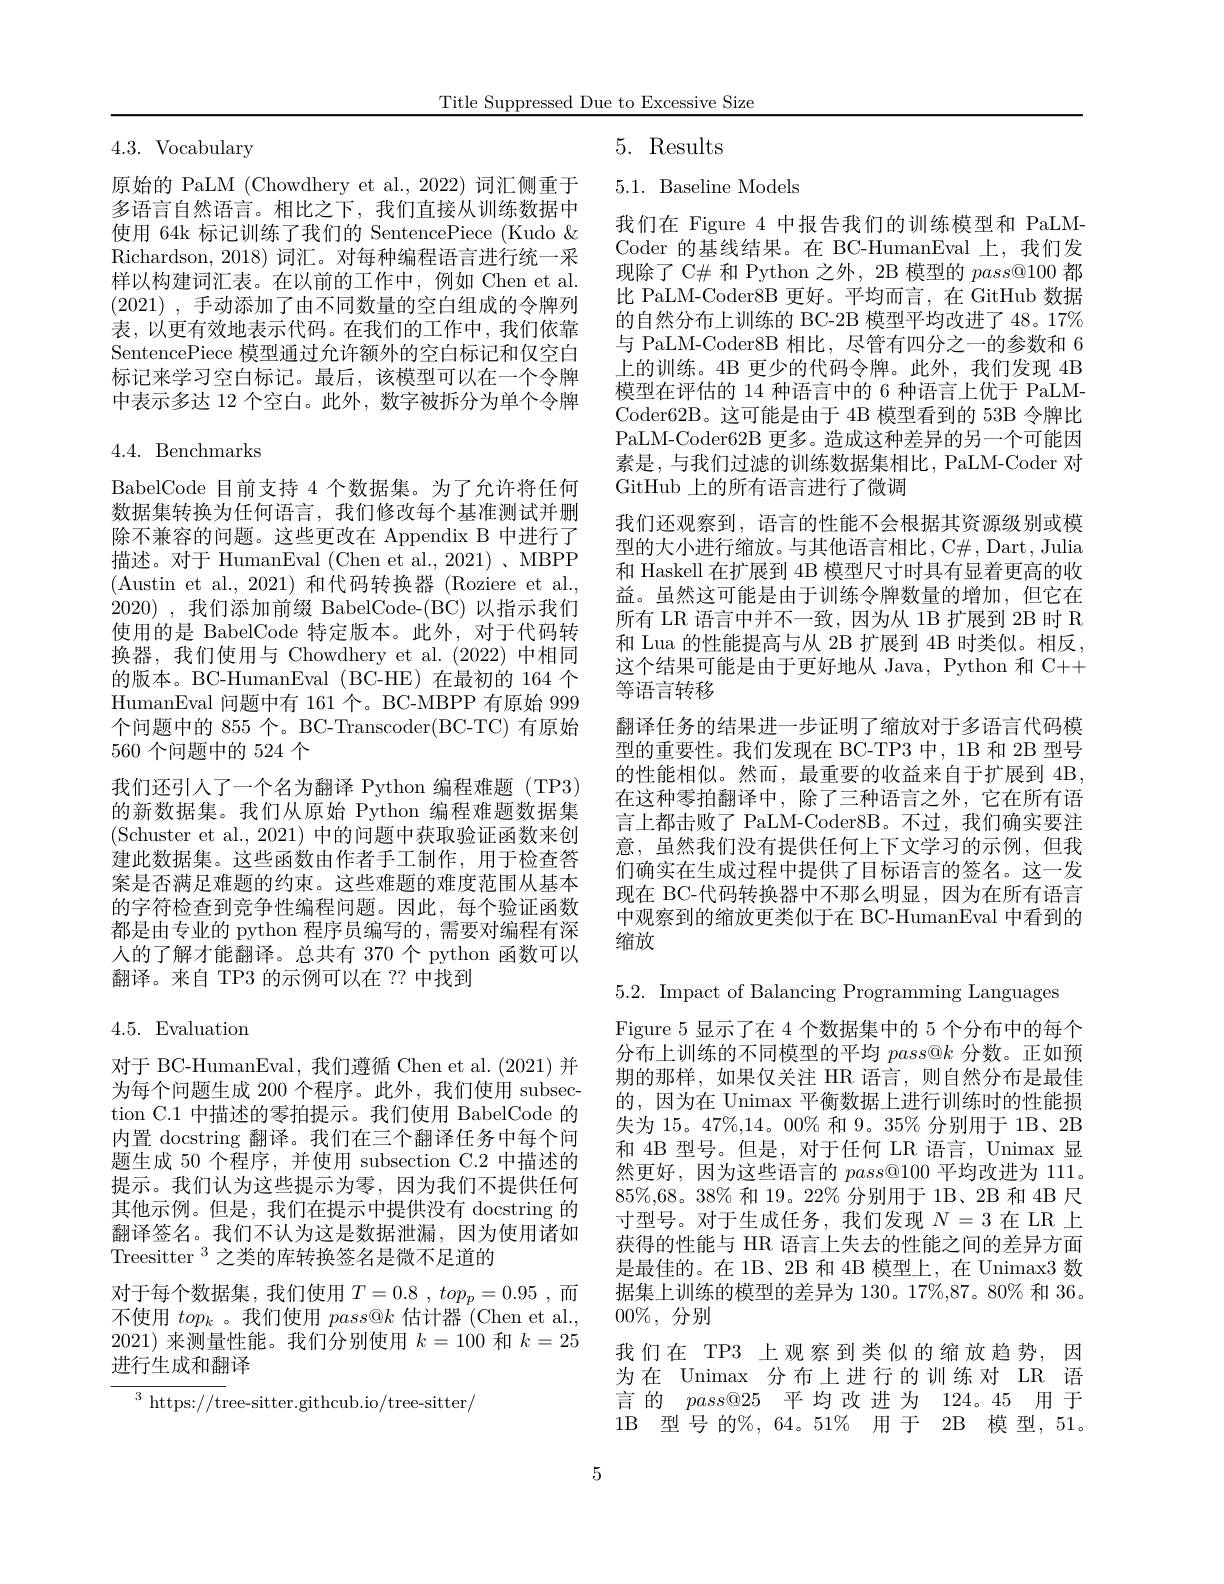
Title Suppressed Due to Excessive Size

5. Results

4.3. Vocabulary

5.1. Baseline Models

原始的 PaLM (Chowdhery et al.,2022) 词汇侧重于多语言自然语言。相比之下，我们直接从训练数据中使用 64k 标记训练了我们的 SentencePiece (Kudo & Richardson, 2018) 词汇。对每种编程语言进行统一采样以构建词汇表。在以前的工作中，例如 Chen et al. (2021) , 手动添加了由不同数量的空白组成的令牌列表，以更有效地表示代码。在我们的工作中，我们依靠SentencePiece 模型通过允许额外的空白标记和仅空白标记来学习空白标记。最后，该模型可以在一个令牌中表示多达 12 个空白。此外，数字被拆分为单个令牌

## 4.4. Benchmarks

我们在 Figure 4 中报告我们的训练模型和 PaLMCoder 的基线结果。在 BC-HumanEval 上，我们发现除了 C# 和 Python 之外，2B 模型的$pass@100$都比 PaLM-Coder8B 更好。平均而言，在 GitHub 数据的自然分布上训练的 BC-2B 模型平均改进了 48。17% 与 PaLM-Coder8B 相比，尽管有四分之一的参数和 6上的训练。4B 更少的代码令牌。此外，我们发现 4B 模型在评估的 14 种语言中的 6 种语言上优于 PaLMCoder62B。这可能是由于 4B 模型看到的 53B 令牌比PaLM-Coder62B 更多。造成这种差异的另一个可能因素是，与我们过滤的训练数据集相比，PaLM-Coder 对GitHub 上的所有语言进行了微调
我们还观察到，语言的性能不会根据其资源级别或模型的大小进行缩放。与其他语言相比，C#, Dart, Julia 和 Haskell 在扩展到 4B 模型尺寸时具有显着更高的收益。虽然这可能是由于训练令牌数量的增加，但它在所有 LR 语言中并不一致，因为从 1B 扩展到 2B 时 R 和 Lua 的性能提高与从 2B 扩展到 4B 时类似。相反， 这个结果可能是由于更好地从 Java, Python 和 C++ 等语言转移
翻译任务的结果进一步证明了缩放对于多语言代码模型的重要性。我们发现在 BC-TP3 中，1B 和 2B 型号的性能相似。然而，最重要的收益来自于扩展到 4B, 在这种零拍翻译中，除了三种语言之外，它在所有语言上都击败了 PaLM-Coder8B。不过，我们确实要注意，虽然我们没有提供任何上下文学习的示例，但我们确实在生成过程中提供了目标语言的签名。这一发现在 BC-代码转换器中不那么明显，因为在所有语言中观察到的缩放更类似于在 BC-HumanEval 中看到的缩放

BabelCode 目前支持 4 个数据集。为了允许将任何数据集转换为任何语言，我们修改每个基准测试并删除不兼容的问题。这些更改在 Appendix B 中进行了描述。对于 HumanEval (Chen et al., 2021) 、MBPP (Austin et al., 2021)和代码转换器 (Roziere et al., 2020),我们添加前缀 BabelCode-(BC)以指示我们使用的是 BabelCode 特定版本。此外，对于代码转换器，我们使用与 Chowdhery et al.(2022)中相同的版本。BC-HumanEval (BC-HE) 在最初的 164 个HumanEval 问题中有 161 个。BC-MBPP 有原始 999个问题中的 855 个。BC-Transcoder(BC-TC) 有原始560个问题中的 524 个
我们还引人了一个名为翻译 Python 编程难题(TP3) 的新数据集。我们从原始 Python 编程难题数据集(Schuster et al., 2021) 中的问题中获取验证函数来创建此数据集。这些函数由作者手工制作，用于检查答案是否满足难题的约束。这些难题的难度范围从基本的字符检查到竞争性编程问题。因此，每个验证函数都是由专业的 python 程序员编写的 ,需要对编程有深人的了解才能翻译。总共有 370 个 python 函数可以翻译。来自 TP3 的示例可以在 ?? 中找到

4.5. Evaluation

对于 BC-HumanEval, 我们遵循 Chen et al.(2021)并为每个问题生成 200 个程序。此外，我们使用 subsection C.1 中描述的零拍提示。我们使用 BabelCode 的内置 docstring 翻译。我们在三个翻译任务中每个问题生成 50 个程序，并使用 subsection C.2 中描述的提示。我们认为这些提示为零，因为我们不提供任何其他示例。但是，我们在提示中提供没有 docstring 的翻译签名。我们不认为这是数据泄漏，因为使用诸如Treesitter $^{3}$之类的库转换签名是微不足道的
对于每个数据集，我们使用$T= 0. 8$ , $top_p= 0. 95$ ,而不使用$top_k$ 。我们使用$pass@k\text{ 估计器 }^r($Chen et al., 2021)来测量性能。我们分别使用$k=100$和$k=25$ 进行生成和翻译
$^3$ https://tree-sitter.githcub.io/tree-sitter/

5.2. Impact of Balancing Programming Languages
Figure 5 显示了在 4 个数据集中的 5 个分布中的每个分布上训练的不同模型的平均$pass@k$分数。正如预期的那样，如果仅关注 HR 语言，则自然分布是最佳的，因为在 Unimax 平衡数据上进行训练时的性能损失为 15。47%,14。00% 和 9。35% 分别用于 1B、2B 和 4B 型号。但是，对于任何 LR 语言，Unimax 显然更好，因为这些语言的$pass@100$平均改进为 111。$85\%,68。38\%$和 19。22% 分别用于 1B、2B 和 4B 尺寸型号。对于生成任务，我们发现$N=3$在 LR 上获得的性能与 HR 语言上失去的性能之间的差异方面是最佳的。在 1B、2B 和 4B 模型上，在 Unimax3 数据集上训练的模型的差异为 130。17%,87。80% 和36。$00\%$,分别
我们在 TP3 上观察到类似的缩放趋势，因为在 Unimax 分布上进行的训练对 LR 语言的$pass@25$平均改进为 124。45 用于1B 型号 的$\%,64。51\%$ 用于 2B 模型，51。
5